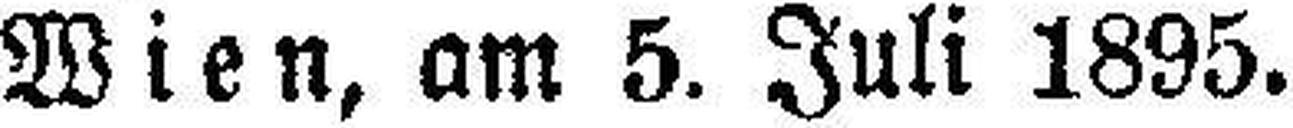
Wien, am 5. Juli 1895.